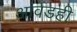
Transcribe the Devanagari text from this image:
आवडही